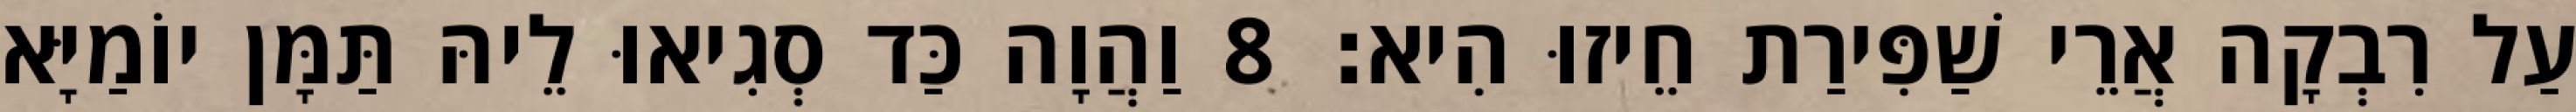
עַל רִבְקָה אֲרֵי שַׁפִּירַת חֵיזוּ הִיא׃ 8 וַהֲוָה כַּד סְגִיאוּ לֵיהּ תַּמָּן יוֹמַיָּא